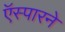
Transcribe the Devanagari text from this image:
ऍस्पारने